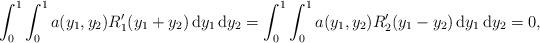
LaTeX: \begin{align*}\int_0^1 \int_0^1 a(y_1,y_2) R_1'(y_1+y_2)\,\mathrm{d}y_1\,\mathrm{d}y_2 = \int_0^1 \int_0^1 a(y_1,y_2) R_2'(y_1-y_2)\,\mathrm{d}y_1\,\mathrm{d}y_2 = 0,\end{align*}